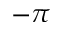
- \pi